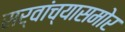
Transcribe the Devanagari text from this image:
सर्वांच्यासमोर